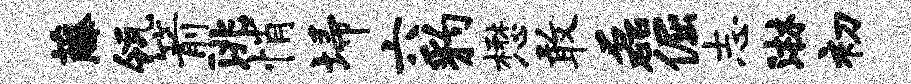
藤瓴箭洮悄埽六豹懋敢磊倔志淋初